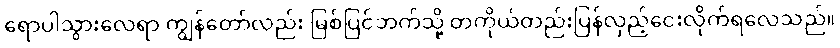
ရောပါသွားလေရာ ကျွန်တော်လည်း မြစ်ပြင်ဘက်သို့ တကိုယ်တည်းပြန်လှည့်ငေးလိုက်ရလေသည်။